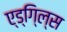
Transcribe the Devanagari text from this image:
ए्ड्गि्ल्स